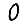
Digit: 0